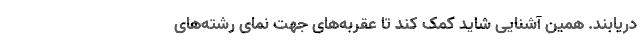
دریابند. همین آشنایی شاید کمک کند تا عقربه‌های جهت نمای رشته‌های